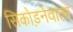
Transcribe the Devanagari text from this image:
सिकोड़नेवाला